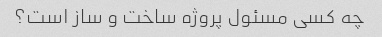
چه کسی مسئول پروژه ساخت و ساز است؟